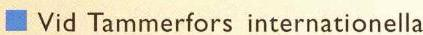
Vid Tammerfors internationella